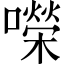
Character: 㘇